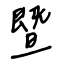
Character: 暨